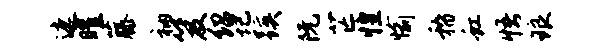
遮曜藤衲笈绍圮蹊阮芒惶愉稽虹悟琅